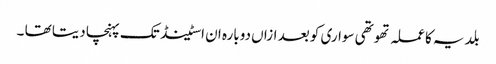
بلدیہ کا عملہ تھوتھی سواری کو بعد ازاں دوبارہ ان اسٹینڈ تک پہنچا دیتا تھا ۔